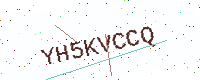
Text: YH5KVCCQ